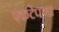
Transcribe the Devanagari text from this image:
एकटेपणा